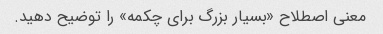
معنی اصطلاح «بسیار بزرگ برای چکمه» را توضیح دهید.